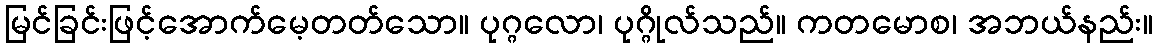
မြင်ခြင်းဖြင့်အောက်မေ့တတ်သော။ ပုဂ္ဂလော၊ ပုဂ္ဂိုလ်သည်။ ကတမောစ၊ အဘယ်နည်း။